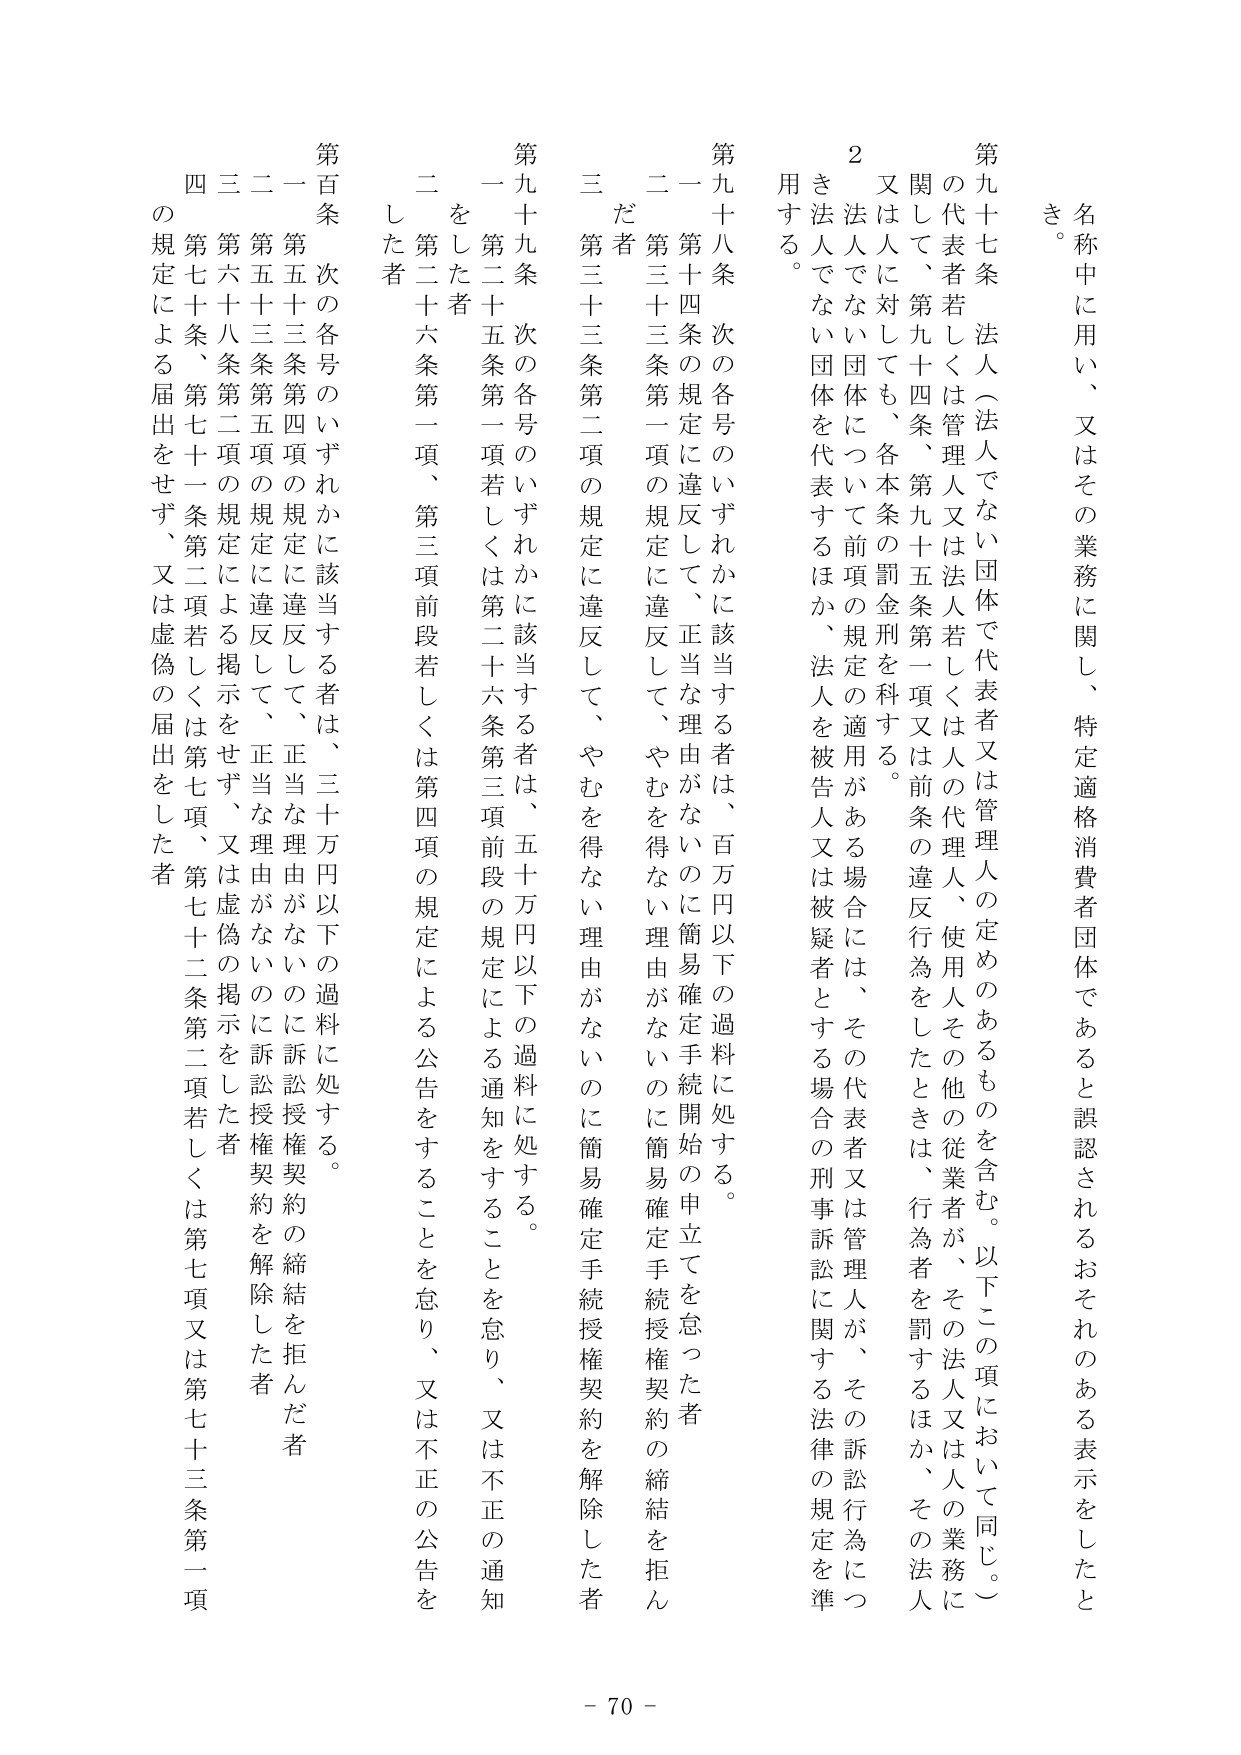
名称中に用い、又はその業務に関し、特定適格消費者団体であると誤認されるおそれのある表示をしたとき。

第九十七条 法人（法人でない団体で代表者又は管理人の定めのあるものを含む。以下この項において同じ。）の代表者若しくは管理人又は法人若しくは人の代理人、使用人その他の従業者が、その法人又は人の業務に関して、第九十四条、第九十五条第一項又は前条の違反行為をしたときは、行為者を罰するほか、その法人又は人に対しても、各本条の罰金刑を科する。

２ 法人でない団体について前項の規定の適用がある場合には、その代表者又は管理人が、その訴訟行為につき法人でない団体を代表するほか、法人を被告人又は被疑者とする場合の刑事訴訟に関する法律の規定を準用する。

第九十八条 次の各号のいずれかに該当する者は、百万円以下の過料に処する。

一 第十四条の規定に違反して、正当な理由がないのに簡易確定手続開始の申立てを怠った者

二 第三十三条第一項の規定に違反して、やむを得ない理由がないのに簡易確定手続授権契約の締結を拒んだ者

三 第三十三条第二項の規定に違反して、やむを得ない理由がないのに簡易確定手続授権契約を解除した者

第九十九条 次の各号のいずれかに該当する者は、五十万円以下の過料に処する。

一 第二十五条第一項若しくは第二十六条第三項前段の規定による通知をすることを怠り、又は不正の通知をした者

二 第二十六条第一項、第三項前段若しくは第四項の規定による公告をすることを怠り、又は不正の公告をした者

第百条 次の各号のいずれかに該当する者は、三十万円以下の過料に処する。

一 第五十三条第四項の規定に違反して、正当な理由がないのに訴訟授権契約の締結を拒んだ者

二 第五十三条第五項の規定に違反して、正当な理由がないのに訴訟授権契約を解除した者

三 第六十八条第二項の規定による掲示をせず、又は虚偽の掲示をした者

四 第七十条、第七十一条第二項若しくは第七項、第七十二条第二項若しくは第七項又は第七十三条第一項の規定による届出をせず、又は虚偽の届出をした者

- 70 -